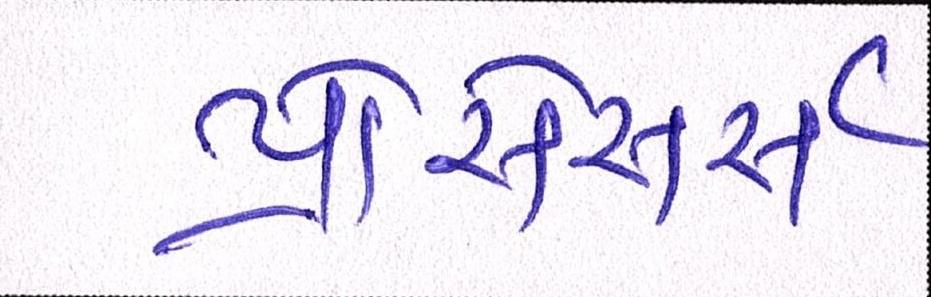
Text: પ્રોસેસર્સ